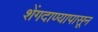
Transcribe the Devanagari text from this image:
शेंगदाण्यापासून